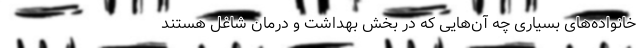
خانواده‌های بسیاری چه آن‌هایی که در بخش بهداشت و درمان شاغل هستند